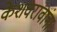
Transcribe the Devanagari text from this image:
केशवरावांना